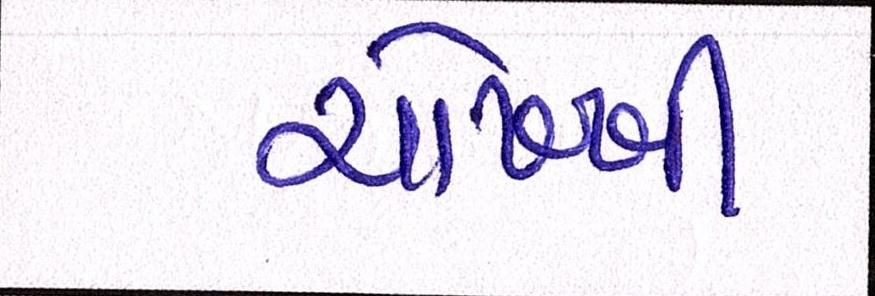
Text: ચોખ્ખી